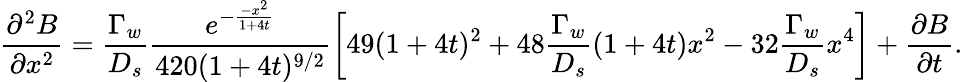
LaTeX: \frac{\partial^{2}B}{\partial x^{2}}=\frac{\Gamma_{w}}{D_{s}}\frac{e^{-\frac{-x^{2}}{1+4t}}}{420(1+4t)^{9/2}}\left[49(1+4t)^{2}+48\frac{\Gamma_{w}}{D_{s}}(1+4t)x^{2}-32\frac{\Gamma_{w}}{D_{s}}x^{4}\right]+\frac{\partial B}{\partial t}.